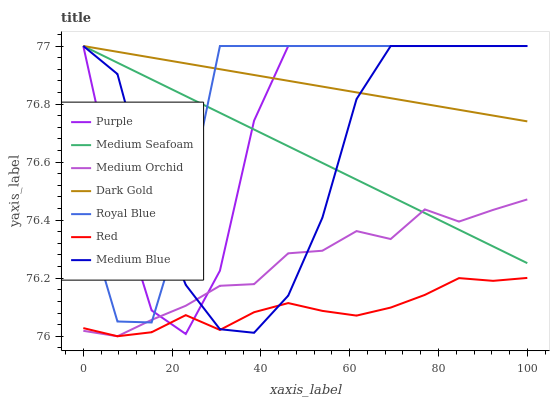
| xaxis_label | Purple | Medium Seafoam | Medium Orchid | Dark Gold | Royal Blue | Red | Medium Blue |
 | --- | --- | --- | --- | --- | --- | --- | --- |
 | 0 | 77 | 77 | 76 | 77 | 76.4 | 76 | 77 |
 | 7.69 | 76.5 | 76.9 | 76 | 77 | 76.1 | 76 | 76.9 |
 | 15.4 | 76.1 | 76.9 | 76.1 | 77 | 76 | 76 | 76.5 |
 | 23.1 | 76 | 76.8 | 76.1 | 76.9 | 76.4 | 76.1 | 76.2 |
 | 30.8 | 76.2 | 76.8 | 76.2 | 76.9 | 77 | 76 | 76 |
 | 38.5 | 76.7 | 76.7 | 76.2 | 76.9 | 77 | 76.1 | 76 |
 | 46.2 | 77 | 76.7 | 76.3 | 76.9 | 77 | 76.1 | 76.1 |
 | 53.8 | 77 | 76.6 | 76.3 | 76.9 | 77 | 76.1 | 76.4 |
 | 61.5 | 77 | 76.5 | 76.4 | 76.8 | 77 | 76.1 | 76.8 |
 | 69.2 | 77 | 76.5 | 76.3 | 76.8 | 77 | 76.1 | 77 |
 | 76.9 | 77 | 76.4 | 76.4 | 76.8 | 77 | 76.1 | 77 |
 | 84.6 | 77 | 76.4 | 76.4 | 76.8 | 77 | 76.2 | 77 |
 | 92.3 | 77 | 76.3 | 76.4 | 76.8 | 77 | 76.2 | 77 |
 | 100 | 77 | 76.3 | 76.5 | 76.7 | 77 | 76.2 | 77 |